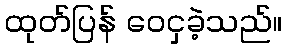
ထုတ်ပြန် ဝေငှခဲ့သည်။